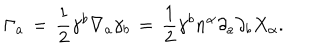
\Gamma _ { a } \, = \, \frac { 1 } { 2 } \gamma ^ { b } \nabla _ { a } \gamma _ { b } \, = \, \frac { 1 } { 2 } \gamma ^ { b } n ^ { \alpha } \partial _ { a } \partial _ { b } X _ { \alpha } .